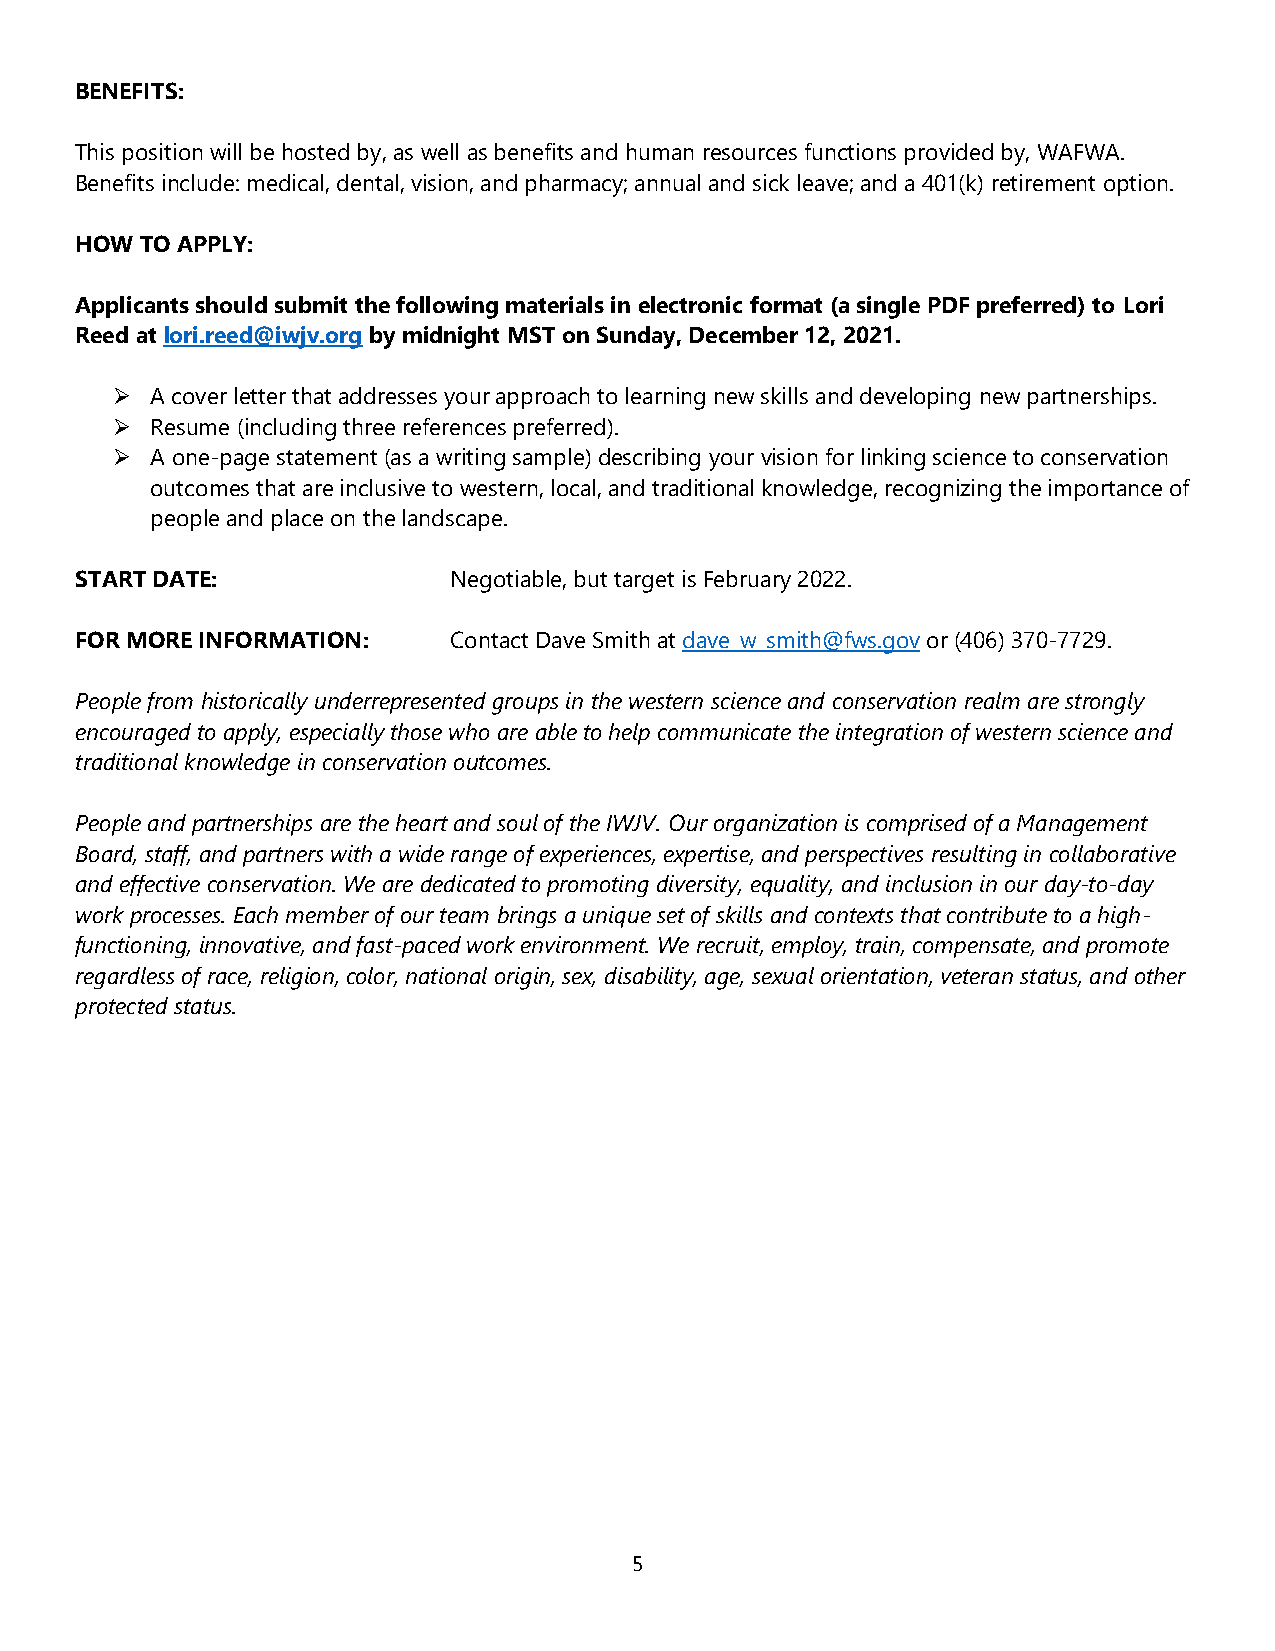
BENEFITS:
 This position will be hosted by, as well as benefits and human resources functions provided by, WAFWA.
 Benefits include: medical, dental, vision, and pharmacy; annual and sick leave; and a 401(k) retirement option.
 HOW TO APPLY:
 Applicants should submit the following materials in electronic format (a single PDF preferred) to Lori
 Reed at lori.reed@iwjv.org by midnight MST on Sunday, December 12, 2021.
   A cover letter that addresses your approach to learning new skills and developing new partnerships.
   Resume (including three references preferred).
   A one-page statement (as a writing sample) describing your vision for linking science to conservation
 outcomes that are inclusive to western, local, and traditional knowledge, recognizing the importance of
 people and place on the landscape.
 START DATE:              Negotiable, but target is February 2022.
 FOR MORE INFORMATION:    Contact Dave Smith at dave_w_smith@fws.gov or (406) 370-7729.
 People from historically underrepresented groups in the western science and conservation realm are strongly
 encouraged to apply, especially those who are able to help communicate the integration of western science and
 traditional knowledge in conservation outcomes.
 People and partnerships are the heart and soul of the IWJV. Our organization is comprised of a Management
 Board, staff, and partners with a wide range of experiences, expertise, and perspectives resulting in collaborative
 and effective conservation. We are dedicated to promoting diversity, equality, and inclusion in our day-to-day
 work processes. Each member of our team brings a unique set of skills and contexts that contribute to a high-
 functioning, innovative, and fast-paced work environment. We recruit, employ, train, compensate, and promote
 regardless of race, religion, color, national origin, sex, disability, age, sexual orientation, veteran status, and other
 protected status.
 5